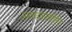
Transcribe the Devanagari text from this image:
अमलबजावणीतील